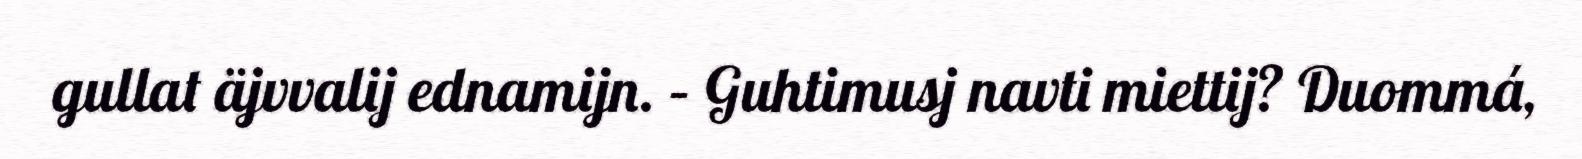
gullat äjvvalij ednamijn. – Guhtimusj navti miettij? Duommá,